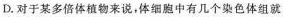
D.对于某多倍体植物来说，体细胞中有几个染色体组就